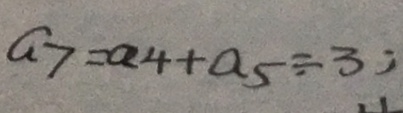
a _ { 7 } = a _ { 4 } + a _ { 5 } \div 3 ;